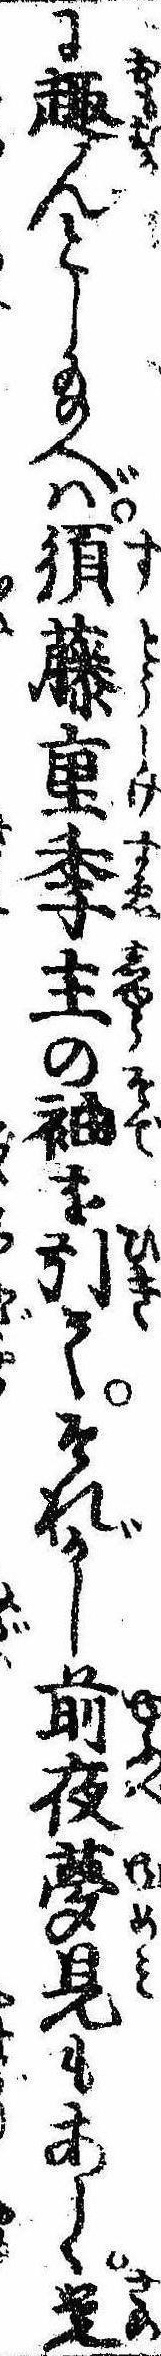
に趣んとし給へば須藤重季主の袖を引てそれがし前夜夢見もあしく覚